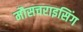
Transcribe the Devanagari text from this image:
मौसचराइसिंग